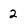
Character: 2